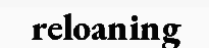
reloaning